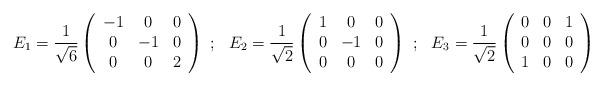
LaTeX: \begin{align*}E_1=\frac{1}{\sqrt{6}}\left(\begin{array}{ccc} -1&0&0\\ 0&-1&0\\ 0&0&2\end{array}\right)~;~~E_2=\frac{1}{\sqrt{2}}\left(\begin{array}{ccc} 1&0&0\\ 0&-1&0\\0&0&0\end{array}\right)~;~~E_3=\frac{1}{\sqrt{2}}\left(\begin{array}{ccc} 0&0&1\\ 0&0&0\\1&0&0\end{array}\right)\end{align*}